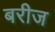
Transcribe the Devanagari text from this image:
बरीज